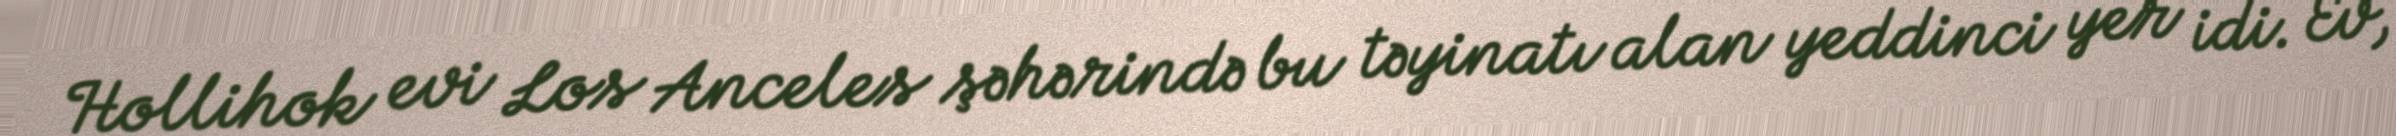
Hollihok evi Los Anceles şəhərində bu təyinatı alan yeddinci yer idi. Ev,